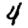
Digit: 4